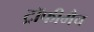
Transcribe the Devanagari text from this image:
ट्रॉफीमैच